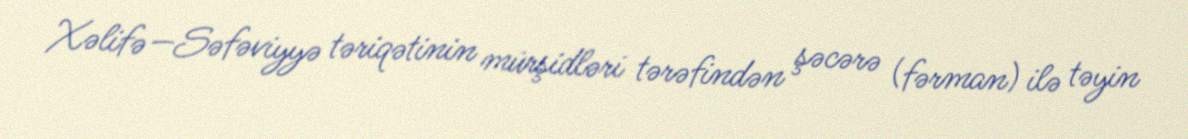
Xəlifə—Səfəviyyə təriqətinin mürşidləri tərəfindən şəcərə (fərman) ilə təyin